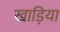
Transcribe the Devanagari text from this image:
खाड़िया